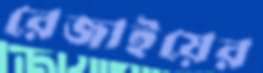
রেজাইয়ের